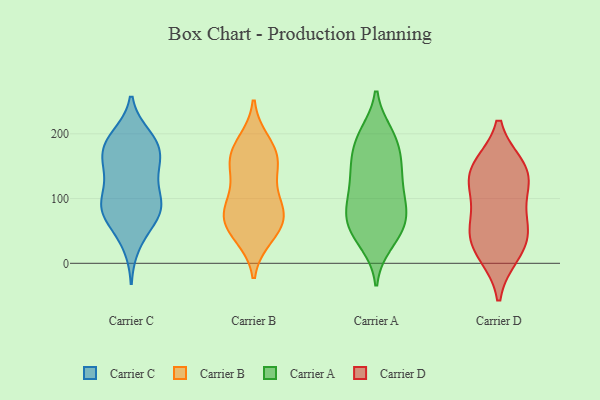
{"axis": {"x": "Budget (USD K)", "y": "Value"}, "legend": ["Carrier A", "Carrier B", "Carrier C", "Carrier D"], "data": [{"x": "", "y": 77, "type": "Carrier C"}, {"x": "", "y": 163, "type": "Carrier C"}, {"x": "", "y": 93, "type": "Carrier C"}, {"x": "", "y": 59, "type": "Carrier C"}, {"x": "", "y": 84, "type": "Carrier C"}, {"x": "", "y": 188, "type": "Carrier C"}, {"x": "", "y": 173, "type": "Carrier C"}, {"x": "", "y": 94, "type": "Carrier C"}, {"x": "", "y": 187, "type": "Carrier C"}, {"x": "", "y": 110, "type": "Carrier C"}, {"x": "", "y": 75, "type": "Carrier C"}, {"x": "", "y": 185, "type": "Carrier C"}, {"x": "", "y": 196, "type": "Carrier C"}, {"x": "", "y": 88, "type": "Carrier C"}, {"x": "", "y": 140, "type": "Carrier C"}, {"x": "", "y": 29, "type": "Carrier C"}, {"x": "", "y": 145, "type": "Carrier C"}, {"x": "", "y": 149, "type": "Carrier C"}, {"x": "", "y": 91, "type": "Carrier B"}, {"x": "", "y": 171, "type": "Carrier B"}, {"x": "", "y": 144, "type": "Carrier B"}, {"x": "", "y": 76, "type": "Carrier B"}, {"x": "", "y": 161, "type": "Carrier B"}, {"x": "", "y": 65, "type": "Carrier B"}, {"x": "", "y": 43, "type": "Carrier B"}, {"x": "", "y": 100, "type": "Carrier B"}, {"x": "", "y": 52, "type": "Carrier B"}, {"x": "", "y": 70, "type": "Carrier B"}, {"x": "", "y": 186, "type": "Carrier B"}, {"x": "", "y": 156, "type": "Carrier B"}, {"x": "", "y": 67, "type": "Carrier A"}, {"x": "", "y": 52, "type": "Carrier A"}, {"x": "", "y": 102, "type": "Carrier A"}, {"x": "", "y": 191, "type": "Carrier A"}, {"x": "", "y": 153, "type": "Carrier A"}, {"x": "", "y": 90, "type": "Carrier A"}, {"x": "", "y": 145, "type": "Carrier A"}, {"x": "", "y": 143, "type": "Carrier A"}, {"x": "", "y": 200, "type": "Carrier A"}, {"x": "", "y": 65, "type": "Carrier A"}, {"x": "", "y": 37, "type": "Carrier A"}, {"x": "", "y": 163, "type": "Carrier A"}, {"x": "", "y": 186, "type": "Carrier A"}, {"x": "", "y": 129, "type": "Carrier A"}, {"x": "", "y": 77, "type": "Carrier A"}, {"x": "", "y": 200, "type": "Carrier A"}, {"x": "", "y": 86, "type": "Carrier A"}, {"x": "", "y": 112, "type": "Carrier A"}, {"x": "", "y": 53, "type": "Carrier A"}, {"x": "", "y": 31, "type": "Carrier A"}, {"x": "", "y": 51, "type": "Carrier D"}, {"x": "", "y": 61, "type": "Carrier D"}, {"x": "", "y": 148, "type": "Carrier D"}, {"x": "", "y": 117, "type": "Carrier D"}, {"x": "", "y": 112, "type": "Carrier D"}, {"x": "", "y": 50, "type": "Carrier D"}, {"x": "", "y": 144, "type": "Carrier D"}, {"x": "", "y": 149, "type": "Carrier D"}, {"x": "", "y": 19, "type": "Carrier D"}, {"x": "", "y": 14, "type": "Carrier D"}]}